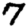
Digit: 7